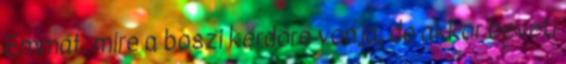
Emmát, mire a boszi kérdőre vonja, de akkor beveti